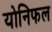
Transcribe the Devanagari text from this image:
योनिफल